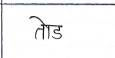
मजकूर: तोड